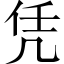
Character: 凭